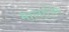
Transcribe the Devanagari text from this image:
मालायिर